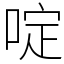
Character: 啶